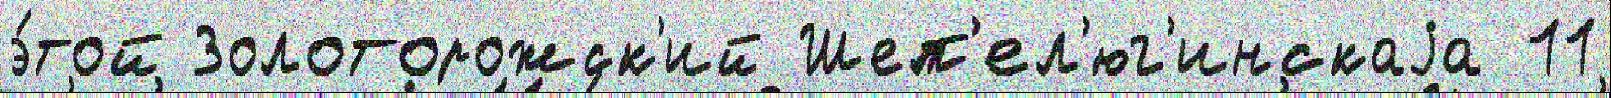
э́той Золоторожск'ий Шеп'ел'юг'инскаjа 11